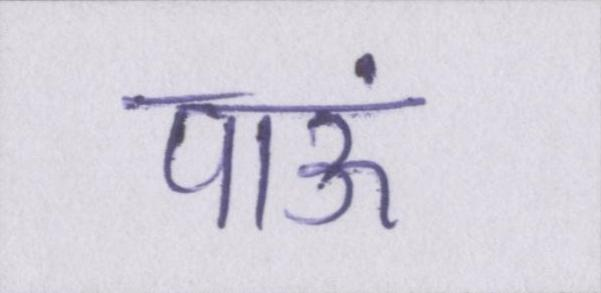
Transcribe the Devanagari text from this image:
पाऊं